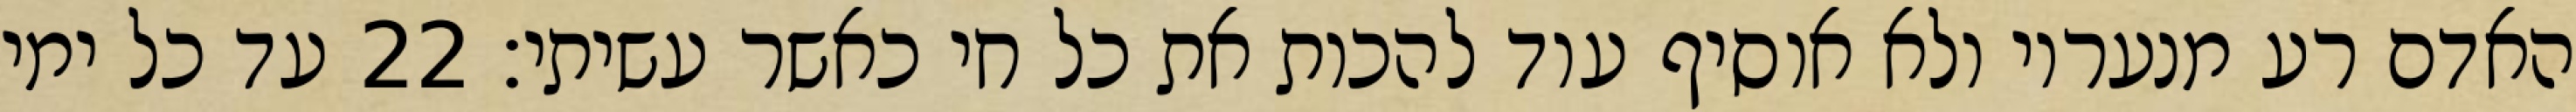
האדם רע מנעריו ולא אוסיף עוד להכות את כל חי כאשר עשיתי׃ ‎22‏ עד כל ימי